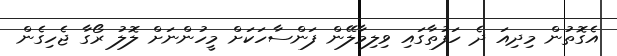
އެގޮތުން މިދިއަ ދެ ހަފުތާގައި ވިލިމާލޭން ފަންސާހަކަށް މީހުންނަށް ލޮލު ރޯގާ ޖެހިގެން